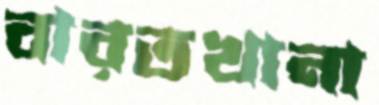
বারতখানা